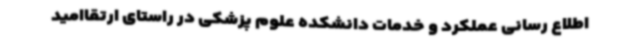
اطلاع رسانی عملکرد و خدمات دانشکده علوم پزشکی در راستای ارتقاامید